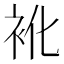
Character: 𮕬